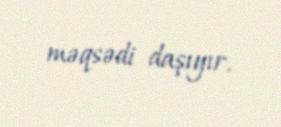
məqsədi daşıyır.